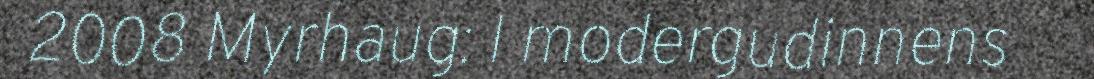
2008 Myrhaug: I modergudinnens